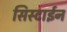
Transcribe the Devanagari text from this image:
सिस्टाईन